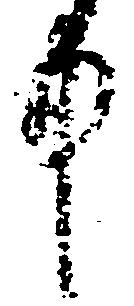
中